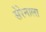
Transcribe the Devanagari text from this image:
सेरेनाला